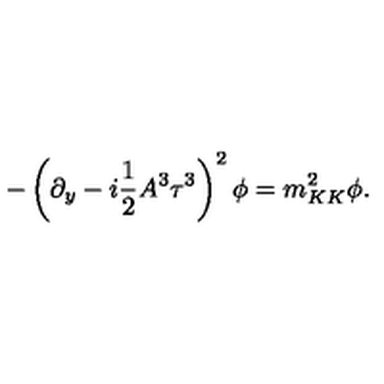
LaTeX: - \left( \partial _ { y } - i \frac { 1 } { 2 } A ^ { 3 } \tau ^ { 3 } \right) ^ { 2 } \phi = m _ { K K } ^ { 2 } \phi .